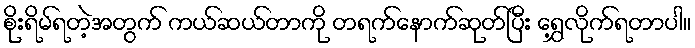
စိုးရိမ်ရတဲ့အတွက် ကယ်ဆယ်တာကို တရက်နောက်ဆုတ်ပြီး ရွှေ့လိုက်ရတာပါ။